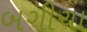
બગીચા